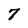
Character: 7